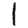
Digit: 1